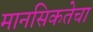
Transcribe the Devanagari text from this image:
मानसिकतेचा